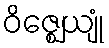
ဝိဇ္ဈေယျုံ